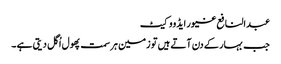
عبدالنافع غیور ایڈووکیٹ
جب بہار کے دن آتے ہیں تو زمین ہر سمت پھول اُگل دیتی ہے ۔